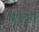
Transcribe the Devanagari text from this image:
डिफेंडरों